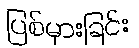
ပြစ်မှားခြင်း